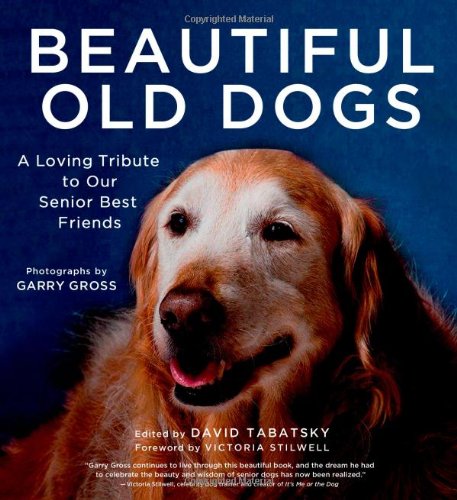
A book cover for Beautiful Old Dogs: A Loving Tribute to Our Senior Best Friends; Crafts, Hobbies & Home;